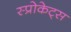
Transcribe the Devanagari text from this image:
स्प्रोकेट्स